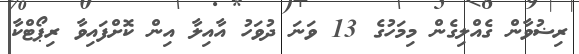
ރިޟުވާން ގެއްލިގެން މިމަހުގެ 13 ވަނަ ދުވަހު އާއިލާ އިން ކޮށްފައިވާ ރިޕޯޓްކާ